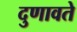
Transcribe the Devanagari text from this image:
दुणावते